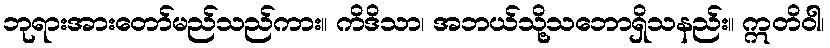
ဘုရားအားတော်မည်သည်ကား။ ကိဒိသာ၊ အဘယ်သို့သဘောရှိသနည်း။ ဣတိဝါ၊